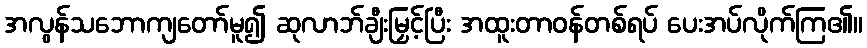
အလွန်သဘောကျတော်မူ၍ ဆုလာဘ်ချီးမြှင့်ပြီး အထူးတာဝန်တစ်ရပ် ပေးအပ်လိုက်ကြ၏။